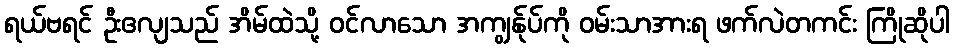
ရယ်ဗရင် ဦးဧလျသည် အိမ်ထဲသို့ ဝင်လာသော အကျွန်ုပ်ကို ဝမ်းသာအားရ ဖက်လဲတကင်း ကြိုဆိုပါ